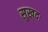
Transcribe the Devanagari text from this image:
सुखदः